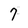
Character: 7